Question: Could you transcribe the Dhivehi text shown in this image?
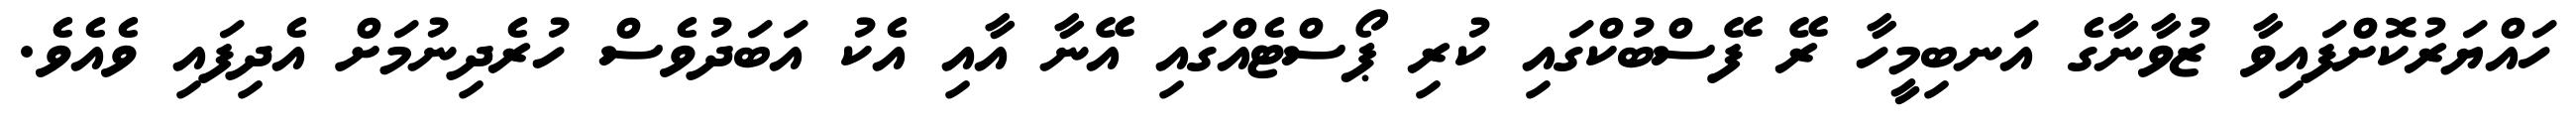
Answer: ހައްޔަރުކޮށްފައިވާ ޒުވާނާގެ އަނބިމީހާ ރޭ ފޭސްބުކްގައި ކުރި ޕޯސްޓެއްގައި އޭނާ އާއި އެކު އަބަދުވެސް ހުރެދިނުމަށް އެދިފައި ވެއެވެ.